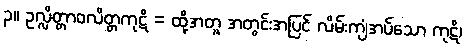
၃။ ဥလ္လိတ္တာဝလိတ္တကုဋိ = ထို့အတူ အတွင်းအပြင် လိမ်းကျံအပ်သော ကုဋိ၊